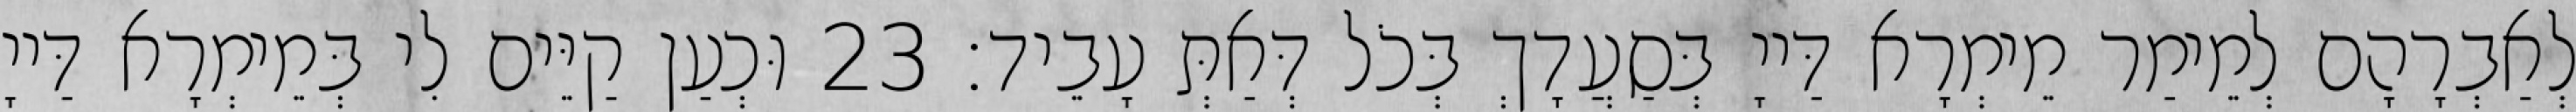
לְאַבְרָהָם לְמֵימַר מֵימְרָא דַּייָ בְּסַעֲדָךְ בְּכֹל דְּאַתְּ עָבֵיד׃ 23 וּכְעַן קַיֵּים לִי בְּמֵימְרָא דַּייָ